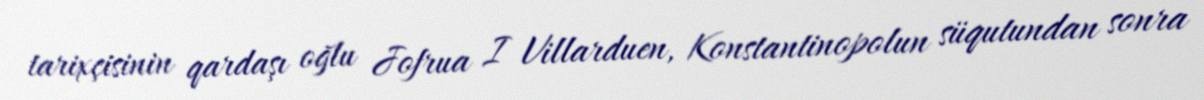
tarixçisinin qardaşı oğlu Jofrua I Villarduen, Konstantinopolun süqutundan sonra